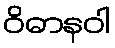
ဝိဓာနဝါ